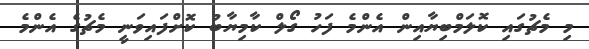
މި މެޗުގައި ކޮލަމްބިޔާއިން އެންމެ ފަހު ގޯލް ކާމިޔާބު ކޮށްފައިވަނީ މެޗުގެ އެންމެ